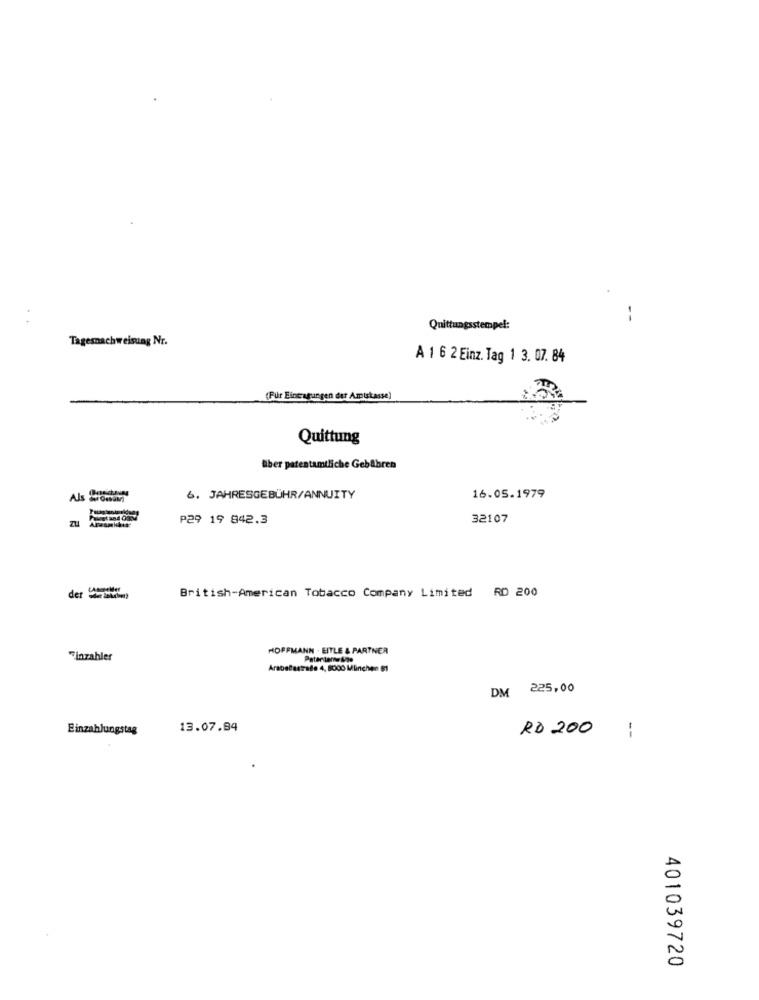
--
Quittungsstempel:
Tagesnachweisung Nr.
A 1 6 2 Einz. Tag 1 3. 07. 84
(Für Eintragungen der Amtskasse)
Quittung
Biber patentamtliche Gebühren
Als onsam)
6. JAHRESGEBÜHR/ANNUITY
16.05.1979
P29 19 842.3
32107
derwhen
British-American Tobacco Company Limited RD 200
HOFFMANN . EITLE & PARTNER
Finzahler
Patentante Upp
Arabelestrade 4, 8000 Mlinchen $1
DM 225,00
Einzahlungstag
13.07.94
R$ 200 :
401039720